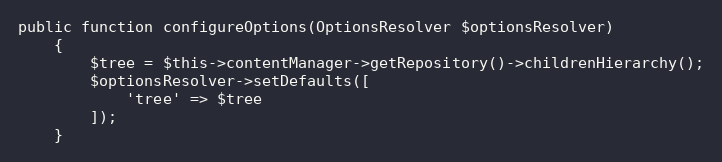
Language: PHP
public function configureOptions(OptionsResolver $optionsResolver)
    {
        $tree = $this->contentManager->getRepository()->childrenHierarchy();
        $optionsResolver->setDefaults([
            'tree' => $tree
        ]);
    }